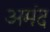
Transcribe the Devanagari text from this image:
अमंद